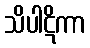
သိပါဋိကာ